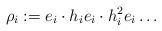
LaTeX: \begin{align*} \rho_i := e_i \cdot h_i e_i \cdot h_i^2 e_i \dots \end{align*}